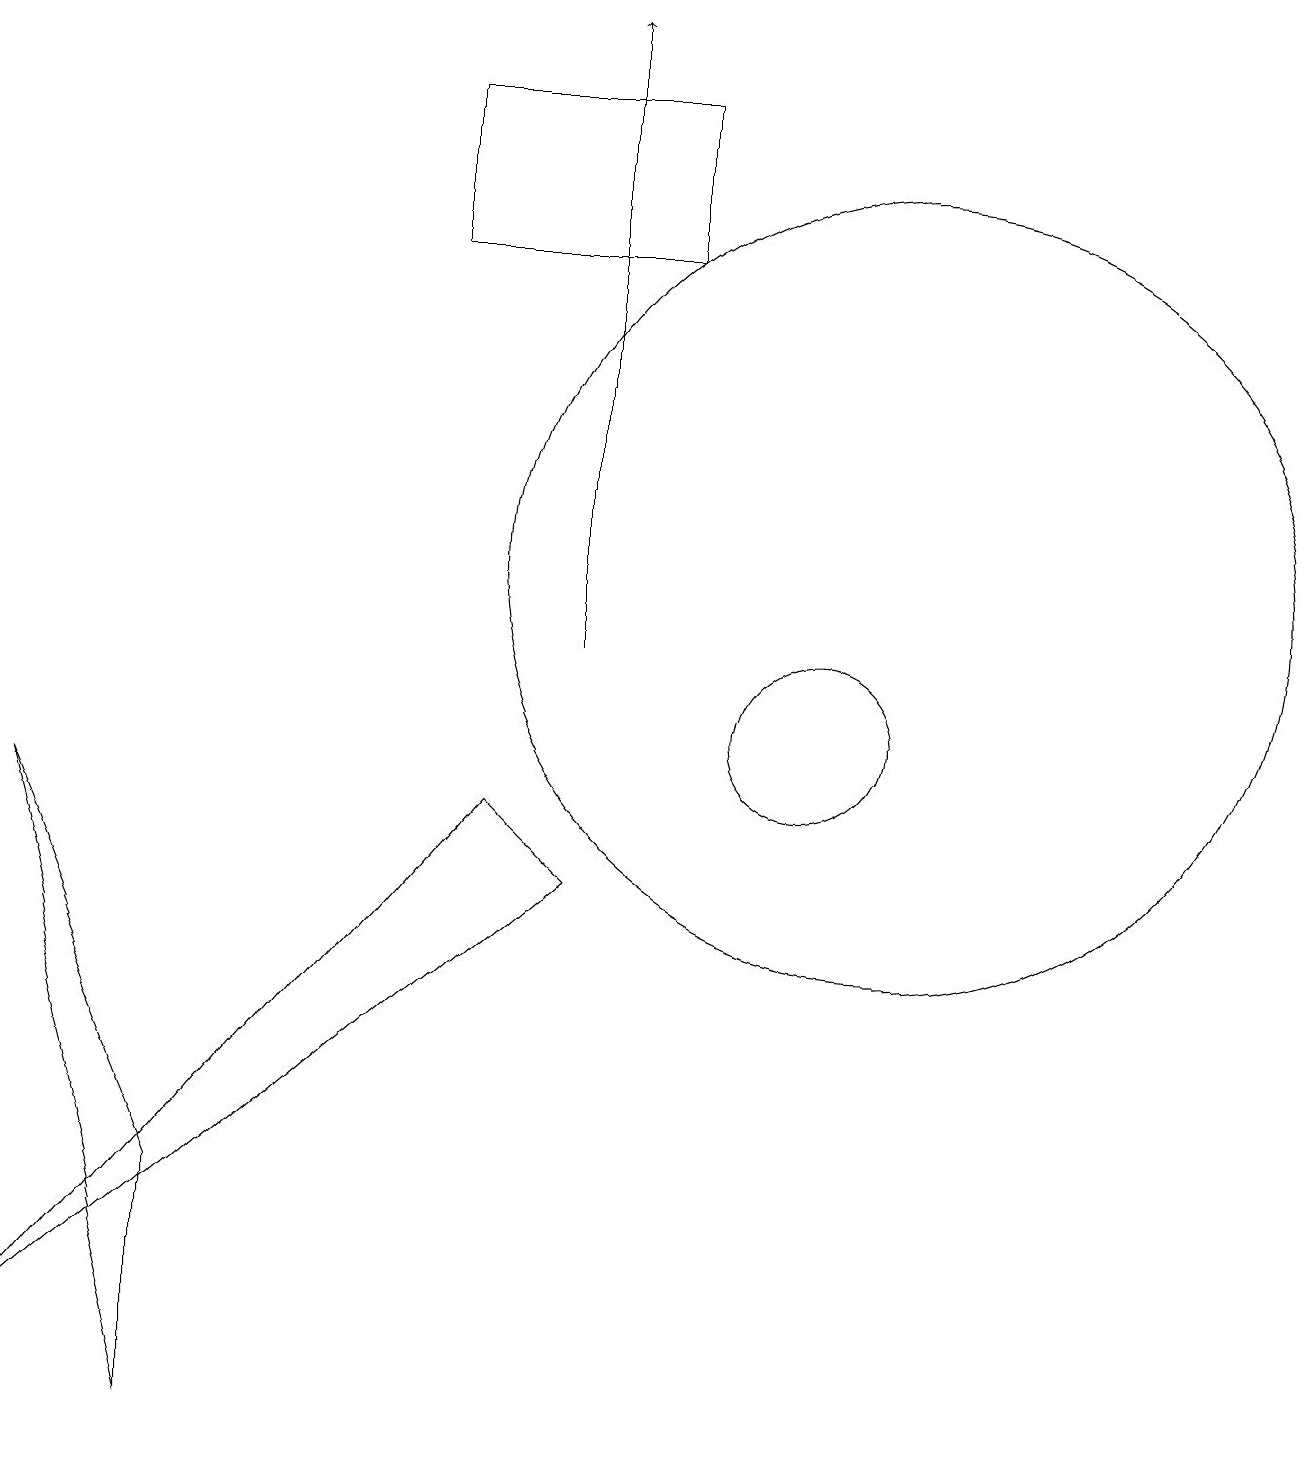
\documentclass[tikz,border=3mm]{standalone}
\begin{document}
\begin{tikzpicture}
\draw (0,9) -- (2,4) -- (2,1) -- cycle;
\draw[->] (7,11) -- (7,19);
\draw (0,2) -- (6,9) -- (7,8) -- cycle;
\draw (5,18) rectangle (8,16);
\draw (10,10) circle (1);
\draw (11,12) circle (5);
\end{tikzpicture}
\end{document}